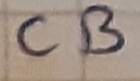
Text: CB